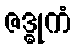
ဇဒ္ဓုကံ